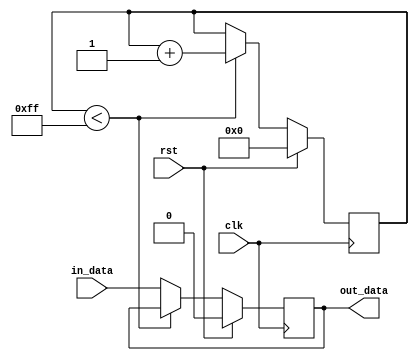
module timing_control_and_synchronization (
    input wire clk, // system clock
    input wire rst, // reset signal
    input wire in_data, // input data signal to be delayed
    output reg out_data // output delayed data signal
);

reg [7:0] delay_count; // adjust delay length based on design requirements

always @ (posedge clk) begin
    if (rst) begin
        delay_count <= 8'b0; // reset delay count
        out_data <= 1'b0; // reset output data
    end else if (delay_count < 8'd255) begin
        delay_count <= delay_count + 1; // increment delay count
    end else begin
        out_data <= in_data; // output delayed data
    end
end

endmodule